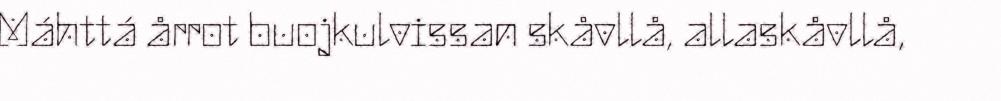
Máhttá årrot buojkulvissan skåvllå, allaskåvllå,